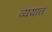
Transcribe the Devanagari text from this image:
व्ययात